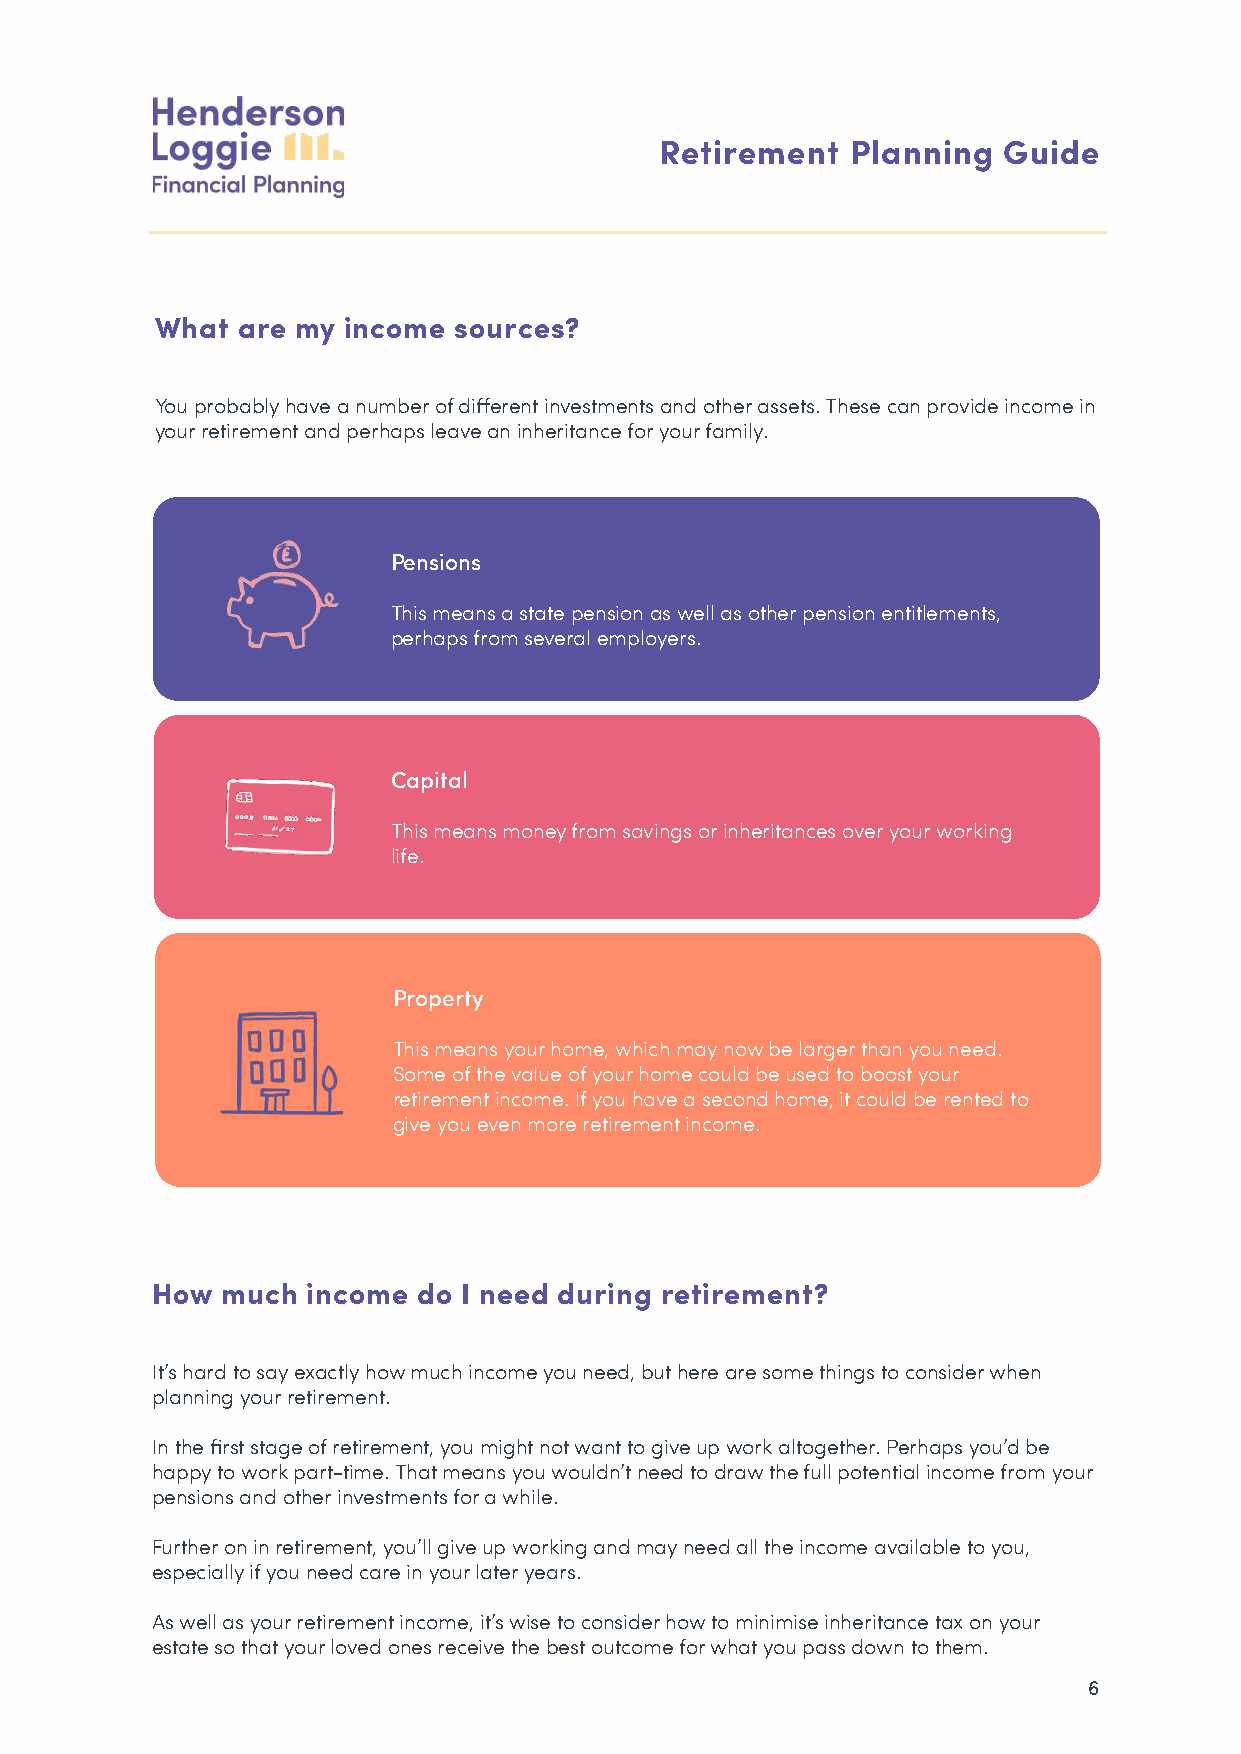
Retirement  Planning  Guide
 What  are my income sources?
 You probably have a number of different investments and other assets. These can provide income in
 your retirement and perhaps leave an inheritance for your family.
 Pensions
 This means a state pension as well as other pension entitlements,
 perhaps from several employers.
 Capital
 This means money from savings or inheritances over your working
 life.
 Property
 This means your home, which may now be larger than you need.
 Some of the value of your home could be used to boost your
 retirement income. If you have a second home, it could be rented to
 give you even more retirement income.
 How  much income  do I need during retirement?
 It’s hard to say exactly how much income you need, but here are some things to consider when
 planning your retirement.
 In the first stage of retirement, you might not want to give up work altogether. Perhaps you’d be
 happy to work part-time. That means you wouldn’t need to draw the full potential income from your
 pensions and other investments for a while.
 Further on in retirement, you’ll give up working and may need all the income available to you,
 especially if you need care in your later years.
 As well as your retirement income, it’s wise to consider how to minimise inheritance tax on your
 estate so that your loved ones receive the best outcome for what you pass down to them.
 6